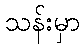
သန်းမှာ